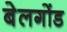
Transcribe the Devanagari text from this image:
बेलगोंड